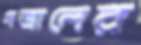
গজালের